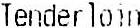
TENDERLOIN